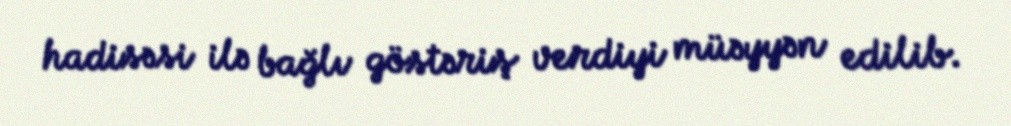
hadisəsi ilə bağlı göstəriş verdiyi müəyyən edilib.